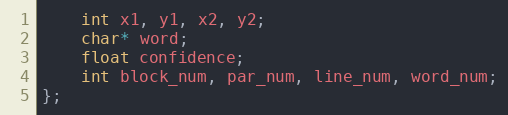
Language: C
    int x1, y1, x2, y2;
    char* word;
    float confidence;
    int block_num, par_num, line_num, word_num;
};